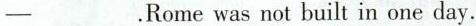
—___.Rome was not built in one day.